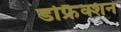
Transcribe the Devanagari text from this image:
डफ्रैिक्शन